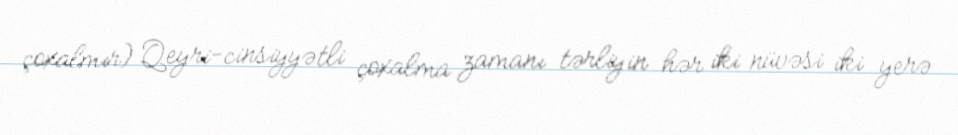
çoxalmır) Qeyri-cinsiyyətli çoxalma zamanı tərliyin hər iki nüvəsi iki yerə